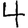
Digit: 4